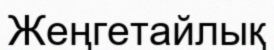
Жеңгетайлық